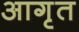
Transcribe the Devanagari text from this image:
आगृत